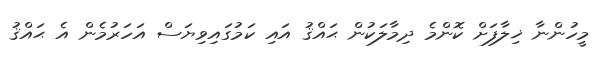
މީހުންނާ ޚިލާފަށް ކޮންމެ ދިމާލަކުން ޙައްޤު އައި ކަމުގައިވިޔަސް އަހަރުމެން އެ ޙައްޤު